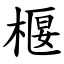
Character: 椻